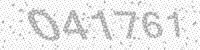
Solution: 041761